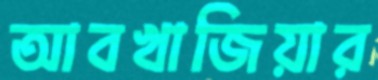
আবখাজিয়ার